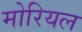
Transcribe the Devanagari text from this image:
मोरियल